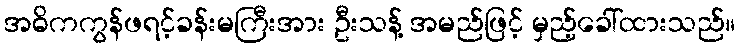
အဓိကကွန်ဖရင့်ခန်းမကြီးအား ဦးသန့် အမည်ဖြင့် မှည့်ခေါ်ထားသည်။